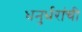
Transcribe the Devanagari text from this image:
धनुर्धरांची